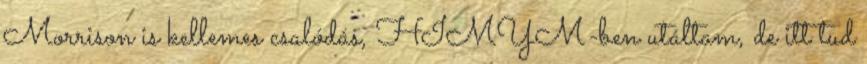
Morrison is kellemes csalódás, HIMYM-ben utáltam, de itt tud